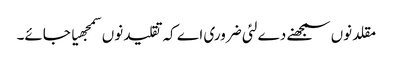
مقلد نو‏‏ں سمجھنے دے لئی ضروری اے کہ تقلید نو‏‏ں سمجھیا جائے۔